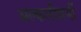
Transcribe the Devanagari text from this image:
अल्कलीधर्मी